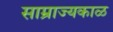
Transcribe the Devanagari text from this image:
साम्राज्यकाळ